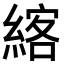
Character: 𦂦